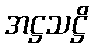
အဋ္ဌသဋ္ဌိ